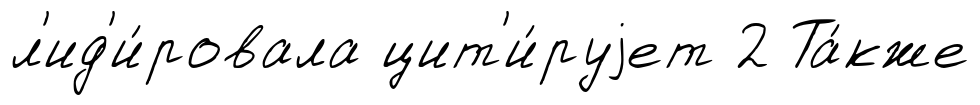
л'ид'и́ровала цит'и́руjет 2 Та́кже